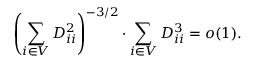
\displaystyle \left( \sum _ { i \in V } D _ { i i } ^ { 2 } \right) ^ { - 3 / 2 } \cdot \sum _ { i \in V } D _ { i i } ^ { 3 } = o ( 1 ) .